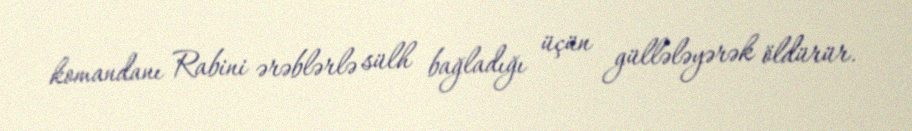
komandanı Rabini ərəblərlə sülh bağladığı üçün güllələyərək öldürür.